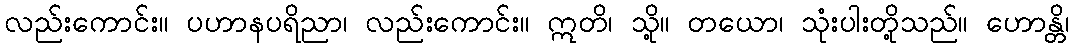
လည်းကောင်း။ ပဟာနပရိညာ၊ လည်းကောင်း။ ဣတိ၊ သို့။ တယော၊ သုံးပါးတို့သည်။ ဟောန္တိ၊